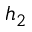
h _ { 2 }